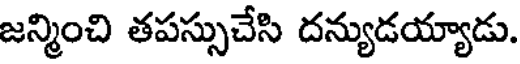
జన్మించి తపస్సుచేసి దన్యుడయ్యాడు.